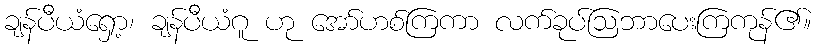
ချန်ပီယံရှော့၊ ချန်ပီယံဂူ ဟု အော်ဟစ်ကြကာ လက်ခုပ်ဩဘာပေးကြကုန်၏။